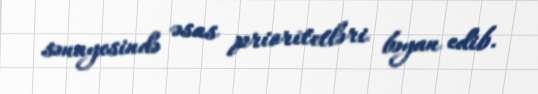
sənayesində əsas prioritetləri bəyan edib.